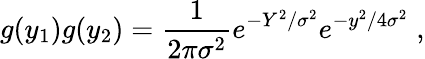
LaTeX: g(y_{1})g(y_{2})={\frac{1}{2\pi\sigma^{2}}}e^{-Y^{2}/\sigma^{2}}e^{-y^{2}/4\sigma^{2}}\; ,